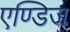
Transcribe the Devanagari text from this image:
एण्डिज